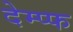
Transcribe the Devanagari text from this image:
देम्प्फ